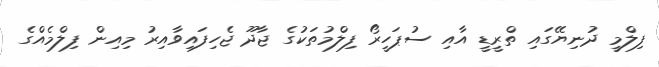
ފިލްމީ ދުނިޔޭގައި ތްރީޑީ އާއި ސުޕަހީރޯ ފިލްމުތަކުގެ ޖާދޫ ޖެހިފައިވާއިރު މިއިން ފިލްމެއްގެ